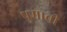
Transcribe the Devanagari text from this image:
पुमाची